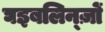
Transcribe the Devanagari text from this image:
घइबलिन्ज़ों